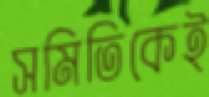
সমিতিকেই